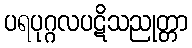
ပရပုဂ္ဂလပဋိသညုတ္တာ